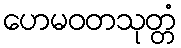
ဟေမဝတသုတ္တံ